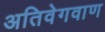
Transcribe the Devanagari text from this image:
अतिवेगवाण